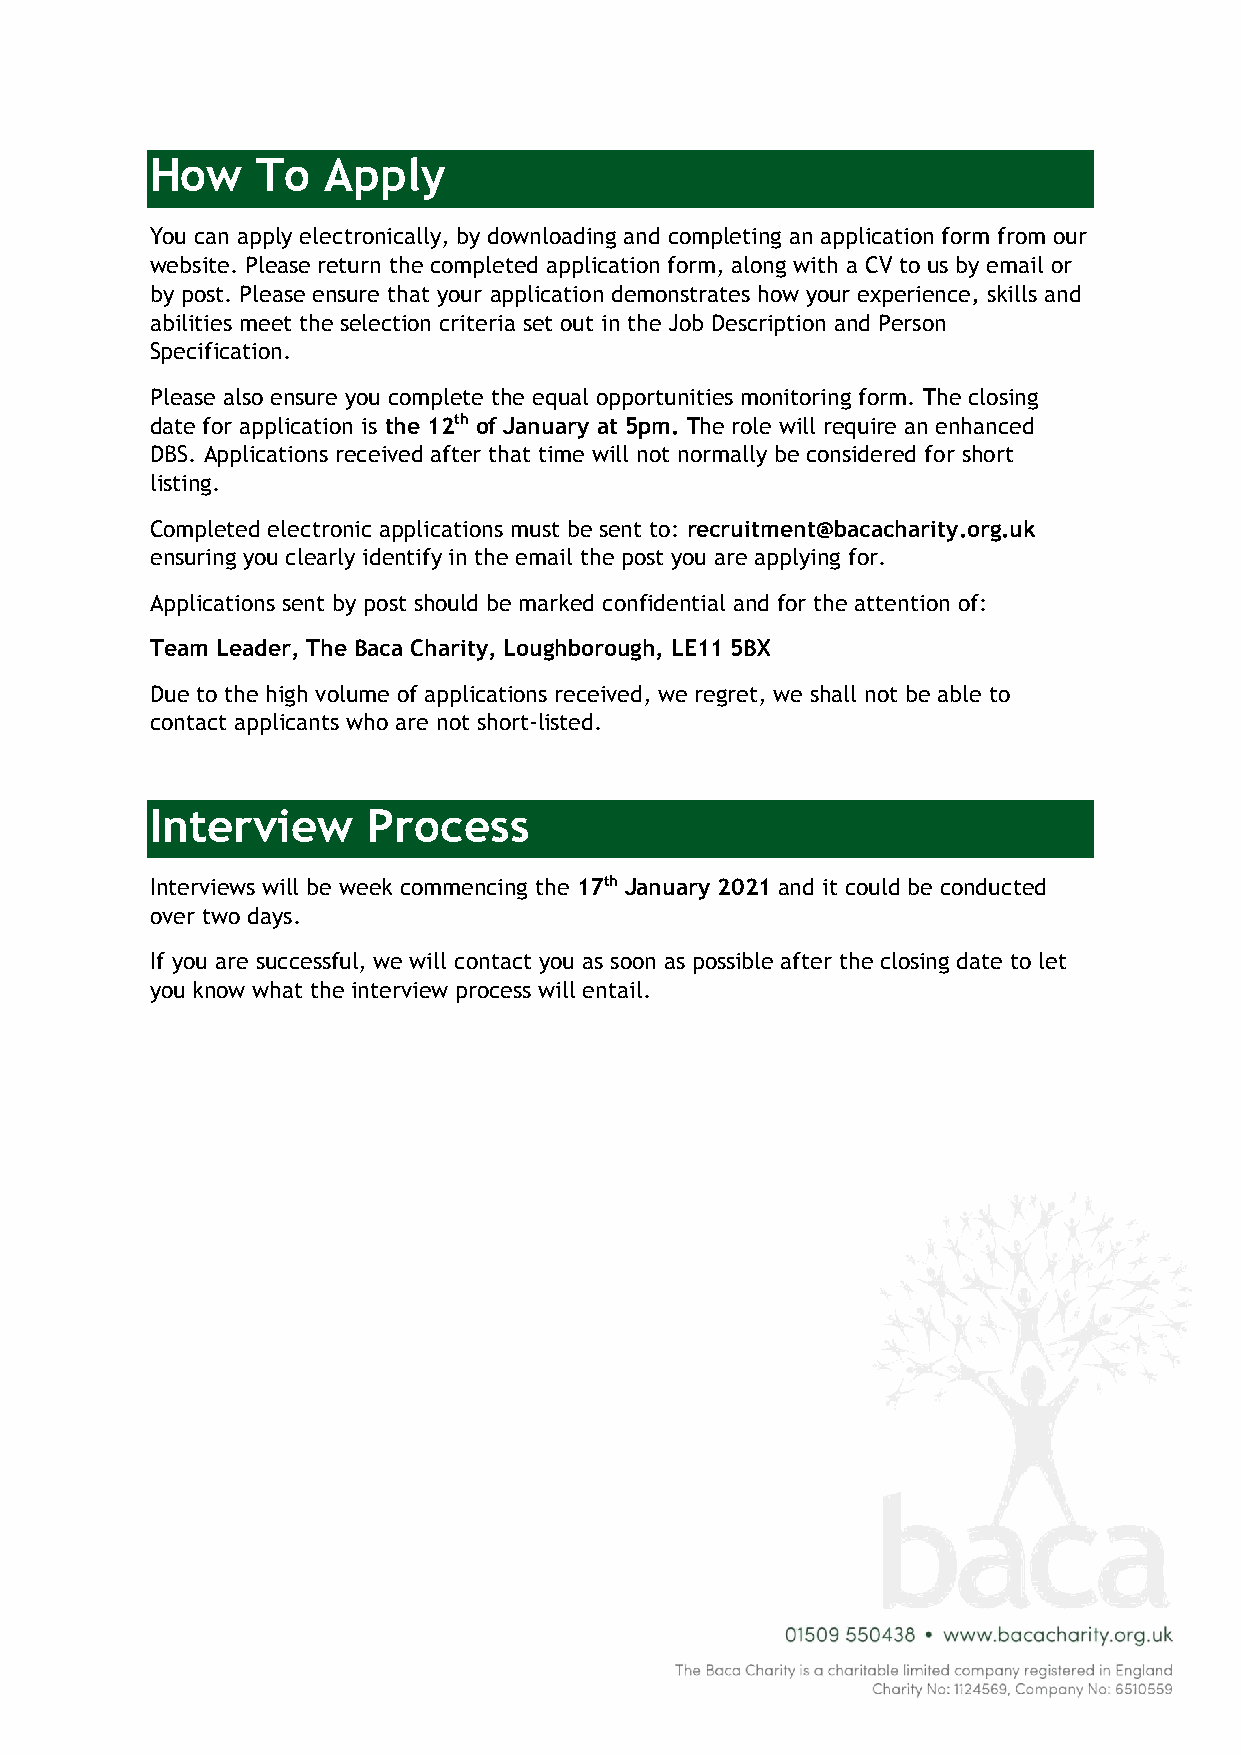
How    To  Apply
 You can apply electronically, by downloading and completing an application form from our
 website. Please return the completed application form, along with a CV to us by email or
 by post. Please ensure that your application demonstrates how your experience‚ skills and
 abilities meet the selection criteria set out in the Job Description and Person
 Specification.
 Please also ensure you complete the equal opportunities monitoring form. The closing
 date for application is the 12th of January at 5pm. The role will require an enhanced
 DBS. Applications received after that time will not normally be considered for short
 listing.
 Completed electronic applications must be sent to: recruitment@bacacharity.org.uk
 ensuring you clearly identify in the email the post you are applying for.
 Applications sent by post should be marked confidential and for the attention of:
 Team Leader, The Baca Charity, Loughborough, LE11 5BX
 Due to the high volume of applications received, we regret, we shall not be able to
 contact applicants who are not short-listed.
 Interview     Process
 Interviews will be week commencing the 17th January 2021 and it could be conducted
 over two days.
 If you are successful, we will contact you as soon as possible after the closing date to let
 you know what the interview process will entail.